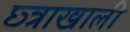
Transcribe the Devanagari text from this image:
छ्त्राखाली